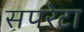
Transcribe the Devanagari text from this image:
सपरेटा